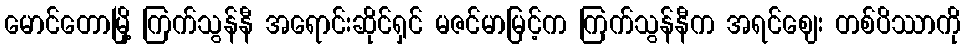
မောင်တောမြို့ ကြက်သွန်နီ အရောင်းဆိုင်ရှင် မဇင်မာမြင့်က ကြက်သွန်နီက အရင်ဈေး တစ်ပိဿာကို